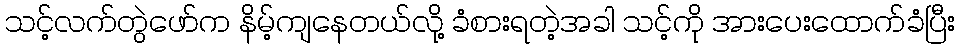
သင့်လက်တွဲဖော်က နိမ့်ကျနေတယ်လို့ ခံစားရတဲ့အခါ သင့်ကို အားပေးထောက်ခံပြီး